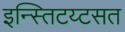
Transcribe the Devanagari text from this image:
इन्स्तिटय्टसत